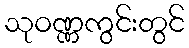
သုဝဏ္ဏကွင်းတွင်